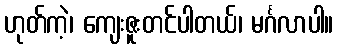
ဟုတ်ကဲ့၊ ကျေးဇူးတင်ပါတယ်၊ မင်္ဂလာပါ။